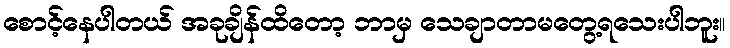
စောင့်နေပါတယ် အခုချိန်ထိတော့ ဘာမှ သေချာတာမတွေ့ရသေးပါဘူး။